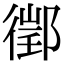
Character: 𨝔